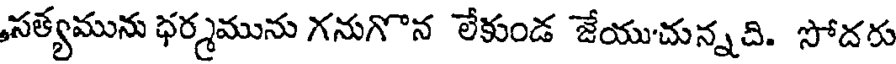
సత్యమును ధర్మమును గనుగొన లేకుండ జేయుచున్నది. సోదరు